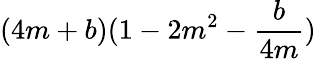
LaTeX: (4m+b)(1-2m^{2}-\frac{b}{4m})